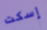
إسكت